Lunatic asylums Punjab 1895-1910 - 1895-1910
Year: 1895
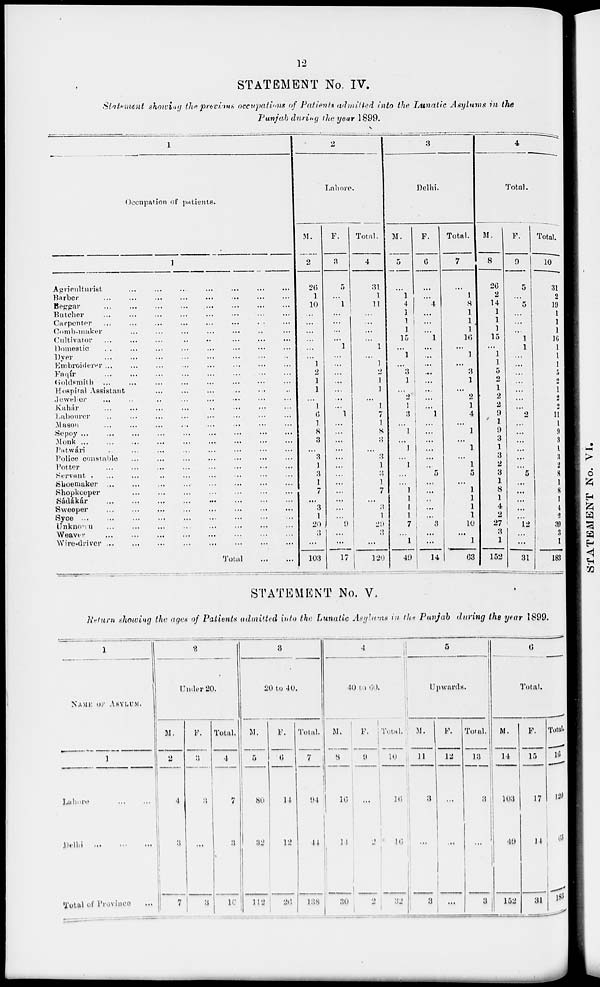
12
STATEMENT No. IV.
Statement showing the previous occupations of Patients admitted into the Lunatic Asylums in the
Punjab during the year 1899.
1
Occupation of patients.
1
Agriculturist ... ... ... ... ... ... ...
Barber
...
...
...
...
...
...
...
Beggar
...
...
...
...
...
...
...
Butcher ... ... ... ... ... ... ...
Carpenter
...
...
...
...
...
...
...
Comb-maker ... ... ... ... ... ... ...
Cultivator ... ... ... ... ... ... ...
Domestic ... ... ... ... ... ... ...
Dyer
...
...
...
...
...
...
...
Embroiderer
...
...
...
...
...
...
...
Faqír
...
...
...
...
...
...
...
Goldsmith
...
...
...
...
...
...
...
Hospital Assistant ... ... ... ... ... ... ...
Jewelier
... ... ... ... ... ... ... ...
Kahár ... ... ... ... ... ... ...
Labourer ... ... ... ... ... ... ...
Mason ... ... ... ... ... ... ...
Sepoy
...
...
...
...
...
...
...
Monk
...
...
...
...
...
...
...
Patwári
..
...
...
...
...
...
...
Police constable ... ... ... ... ... ... ...
Potter
...
...
...
...
...
...
...
Servant ... ... ... ... ... ... ...
Shoemaker
...
...
...
...
...
...
...
Shopkeeper
...
...
...
...
...
...
...
Sadákár
...
...
...
...
...
...
...
Sweeper
...
...
...
...
...
...
...
Syce
...
...
...
...
...
...
...
Unknown
...
...
...
...
...
...
...
Weaver
...
...
...
...
...
...
...
Wire-driver
...
...
...
...
...
...
...
Total
...
...
2
Lahore.
M.
2
26
1
10
...
...
...
...
...
...
1
2
1
1
...
1
6
1
8
3
...
3
1
3
1
7
...
3
1
20
3
...
103
F.
3
5
...
1
...
...
...
...
1
...
...
...
...
...
...
...
1
...
...
...
...
...
...
...
...
...
...
...
...
9
...
...
17
Total.
4
31
1
11
...
...
...
...
1
...
1
2
1
1
...
1
7
1
8
3
...
3
1
3
1
7
...
3
1
29
3
...
120
3
Delhi.
M.
5
...
1
4
1
1
1
15
...
1
...
3
1
...
2
1
3
...
1
...
1
...
1
...
...
1
1
1
1
7
1
49
F.
6
...
...
4
...
...
1
...
...
...
...
...
...
...
...
1
...
...
...
...
...
...
5
...
...
...
...
...
3
...
...
14
Total.
7
...
1
8
1
1
1
16
...
1
...
3
1
...
2
1
4
...
1
...
1
...
1
5
...
1
1
1
1
10
...
1
63
4
Total.
M.
8
26
2
14
1
1
1
15
...
1
1
5
2
1
2
2
9
1
9
3
1
3
2
3
1
8
1
4
2
27
3
1
152
F.
9
5
...
5
...
...
...
1
1
...
...
...
...
...
...
...
2
...
...
...
...
...
...
5
...
...
...
...
...
12
...
...
31
Total.
10
31
2
19
1
1
1
16
1
1
1
5
2
1
2
2
11
1
9
3
1
a
2
8
1
8
1
4
2
39
3
1
183
STATEMENT No. V.
Return showing the ages of Patients admitted into the Lunatic Asylums in the Punjab during the year 1899.
1
NAME OF ASYLUM.
1
Lahore ... ... ...
Delhi
...
...
...
Total of Province ...
2
Under 20.
M.
2
4
3
7
F.
3
3
...
3
Total.
4
7
3
10
3
20 to 40.
M.
5
80
32
112
F.
6
14
12
20
Total.
7
94
44
138
4
40 to
60.
M.
8
10
14
30
F.
9
...
2
2
Total.
10
16
16
32
5
Upwards.
M.
11
3
...
3
F.
12
...
...
...
Total.
13
3
...
3
6
Total.
M.
14
103
49
152
F.
15
17
14
31
Total.
16
120
63
183